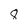
Character: 8